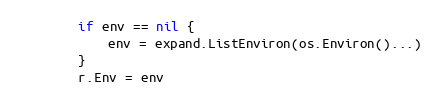
Language: Go
		if env == nil {
			env = expand.ListEnviron(os.Environ()...)
		}
		r.Env = env